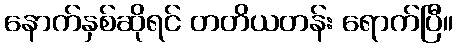
နောက်နှစ်ဆိုရင် တတိယတန်း ရောက်ပြီ။